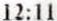
12:11